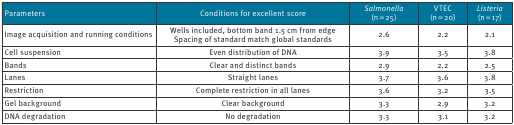
<table><thead><tr><td><b>Parameters</b></td><td><b>Conditions for excellent score</b></td><td><b><i>Salmonella</i>(n = 25)</b></td><td><b>VTEC(n = 20)</b></td><td><b><i>Listeria</i>(n = 17)</b></td></tr></thead><tbody><tr><td>Image acquisition and running conditions</td><td>Wells included, bottom band 1.5 cm from edgeSpacing of standard match global standards</td><td>2.6</td><td>2.2</td><td>2.1</td></tr><tr><td>Cell suspension</td><td>Even distribution of DNA</td><td>3.9</td><td>3.5</td><td>3.8</td></tr><tr><td>Bands</td><td>Clear and distinct bands</td><td>2.9</td><td>2.2</td><td>2.5</td></tr><tr><td>Lanes</td><td>Straight lanes</td><td>3.7</td><td>3.6</td><td>3.8</td></tr><tr><td>Restriction</td><td>Complete restriction in all lanes</td><td>3.6</td><td>3.2</td><td>3.5</td></tr><tr><td>Gel background</td><td>Clear background</td><td>3.3</td><td>2.9</td><td>3.2</td></tr><tr><td>DNA degradation</td><td>No degradation</td><td>3.3</td><td>3.1</td><td>3.2</td></tr></tbody></table>